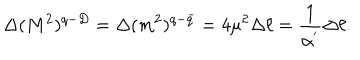
\Delta ( M ^ { 2 } ) ^ { q - D } = \Delta ( m ^ { 2 } ) ^ { q - \bar { q } } = 4 \mu ^ { 2 } \Delta \ell = \frac { 1 } { \alpha ^ { ' } } \Delta \ell .